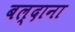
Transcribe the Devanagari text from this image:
बल्दाना